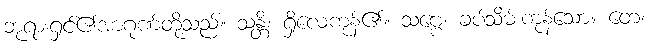
ဘုရားရှင်၏အာဂုဏ်တို့သည်။ သန္တိ၊ ရှိလေကုန်၏။ သဗ္ဗေ၊ ခပ်သိမ်းကုန်သော။ တေ၊